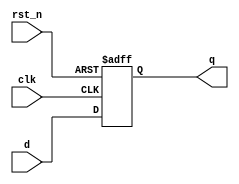
module negative_edge_ff (
    input wire clk,          // Clock signal
    input wire rst_n,       // Active low reset signal
    input wire d,           // Data input
    output reg q            // Data output
);

// Always block sensitive to the negative edge of the clock
always @(negedge clk or negedge rst_n) begin
    if (!rst_n) begin
        // Asynchronous reset
        q <= 1'b0;          // Reset output to 0
    end else begin
        // On negative edge of clk, update output
        q <= d;            // Non-blocking assignment
    end
end

endmodule